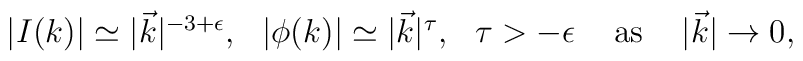
\begin{array}{ccccc}|I(k)|\simeq |\vec k|^{-3+\epsilon }, & |\phi (k)|\simeq |\vec k|^\tau , & \tau >-\epsilon & {\rm \ as\ } & |\vec k|\rightarrow 0,\end{array}